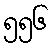
၅၅၆